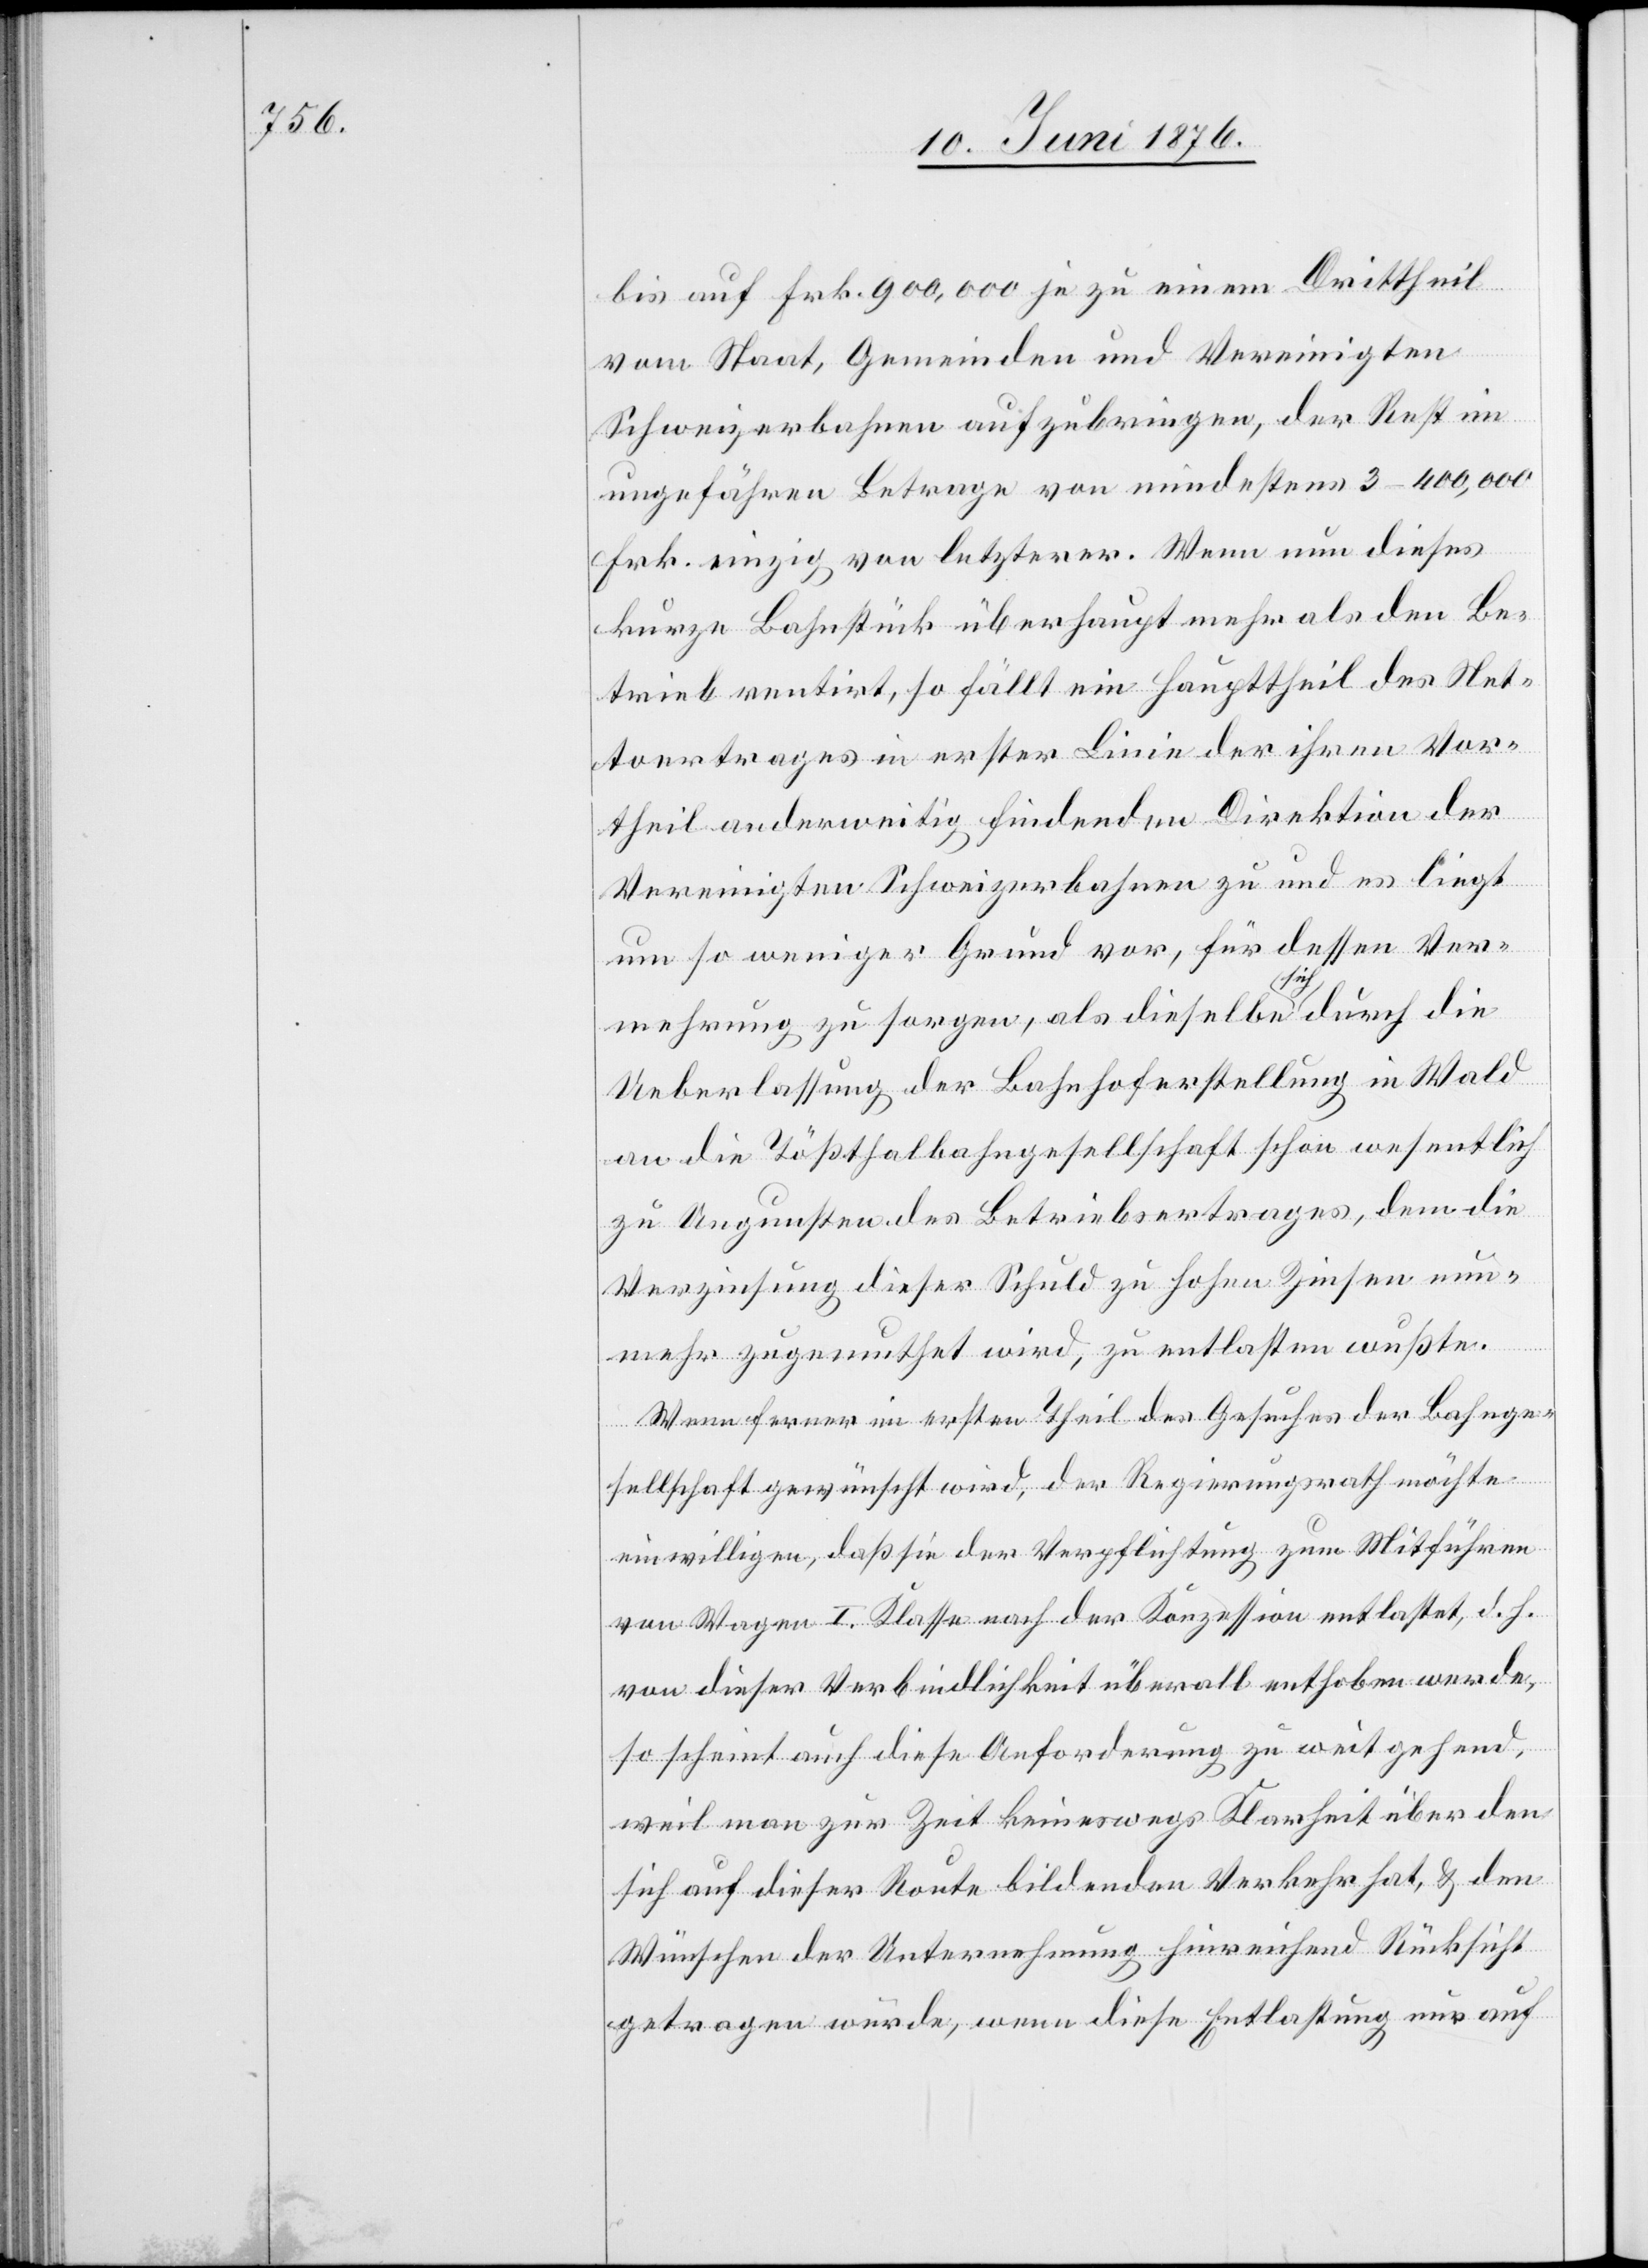
bis auf Frk. 900,000 je zu einem Drittheil
vom Staat, Gemeinden und Vereinigten
Schweizerbahnen aufzubringen, der Rest im
ungefähren Betrage von mindestens 3–400,000
Frk. einzig von letzterer. Wenn nun dieses
kurze Bahnstück überhaupt mehr als den Be¬
triebe rentirt, so fällt ein Haupttheil des Net¬
toertrages in erster Linie der ihren Vor¬
theil anderweitig findenden Direktion der
Vereinigten Schweizerbahnen zu und es liegt
um so weniger Grund vor, für dessen Ver¬
mehrung zu sorgen, als dieselbe sich durch die
Ueberlassung der Bahnhoferstellung in Wald
an die Tößthalbahngesellschaft schon wesentlich
zu Ungunsten des Betriebsertrages, dem die
Verzinsung dieser Schuld zu hohen Zinsen nun¬
mehr zugemuthet wird, zu entlasten wußte.
Wenn ferner im ersten Theil des Gesuches der Bahnge¬
sellschaft gewünscht wird, der Regierungsrath möchte
einwilligen, daß sie der Verpflichtung zum Mitführen
von Wagen I. Klasse nach der Konzession entlastet, d. h.
von dieser Verbindlichkeit überall enthoben werde,
so scheint auch diese Anforderung zu weitgehend,
weil man zur Zeit keineswegs Klarheit über den
sich auf dieser Route bildenden Verkehr hat, & den
Wünschen der Unternehmung hinreichend Rücksicht
getragen wurde, wenn diese Entlastung nur auf